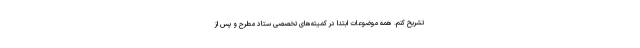
تشریح کنم. همه موضوعات ابتدا در کمیته‌های تخصصی ستاد مطرح و پس از